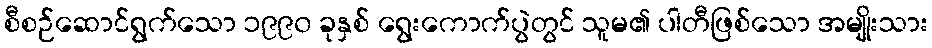
စီစဉ်ဆောင်ရွက်သော ၁၉၉၀ ခုနှစ် ရွေးကောက်ပွဲတွင် သူမ၏ ပါတီဖြစ်သော အမျိုးသား